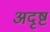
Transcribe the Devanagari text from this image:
अदृष्टं